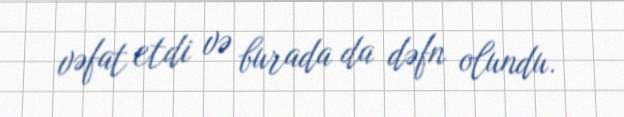
vəfat etdi və burada da dəfn olundu.